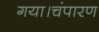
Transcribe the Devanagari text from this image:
गया।चंपारण